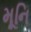
મૂનિ